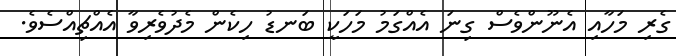
ގެރި މަހާއި އެނޫންވެސް ގިނަ އެއްގަމު މަހަކީ ބަނޑު ހިކެން މެދުވެރިވާ އެއްޗިއްސެވެ.